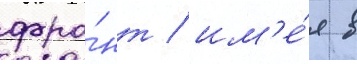
фро́нт / им'е́я в